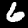
Digit: 6